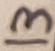
Text: 13